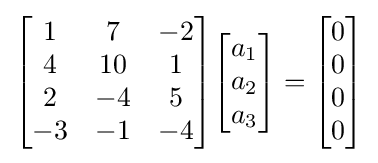
{\begin{bmatrix}1&7&-2\\4&10&1\\2&-4&5\\-3&-1&-4\end{bmatrix}}{\begin{bmatrix}a_{1}\\a_{2}\\a_{3}\end{bmatrix}}={\begin{bmatrix}0\\0\\0\\0\end{bmatrix}}